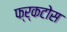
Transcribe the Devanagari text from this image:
फ्र्कटोस